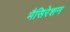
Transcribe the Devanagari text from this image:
मैसिरेशन